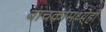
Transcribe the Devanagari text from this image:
वाचकांमध्येही